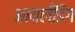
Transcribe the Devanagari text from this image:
आयलँडिग